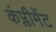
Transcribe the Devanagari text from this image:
कंप्लीमेंट